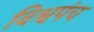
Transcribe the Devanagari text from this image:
विश्वपंच